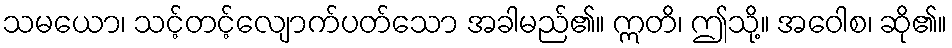
သမယော၊ သင့်တင့်လျောက်ပတ်သော အခါမည်၏။ ဣတိ၊ ဤသို့။ အဝေါစ၊ ဆို၏။